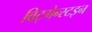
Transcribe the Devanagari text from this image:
विट्गेन्स्टइन